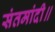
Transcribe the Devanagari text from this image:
संतमांदी॥